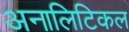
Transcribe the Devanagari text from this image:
अनालिटिकल